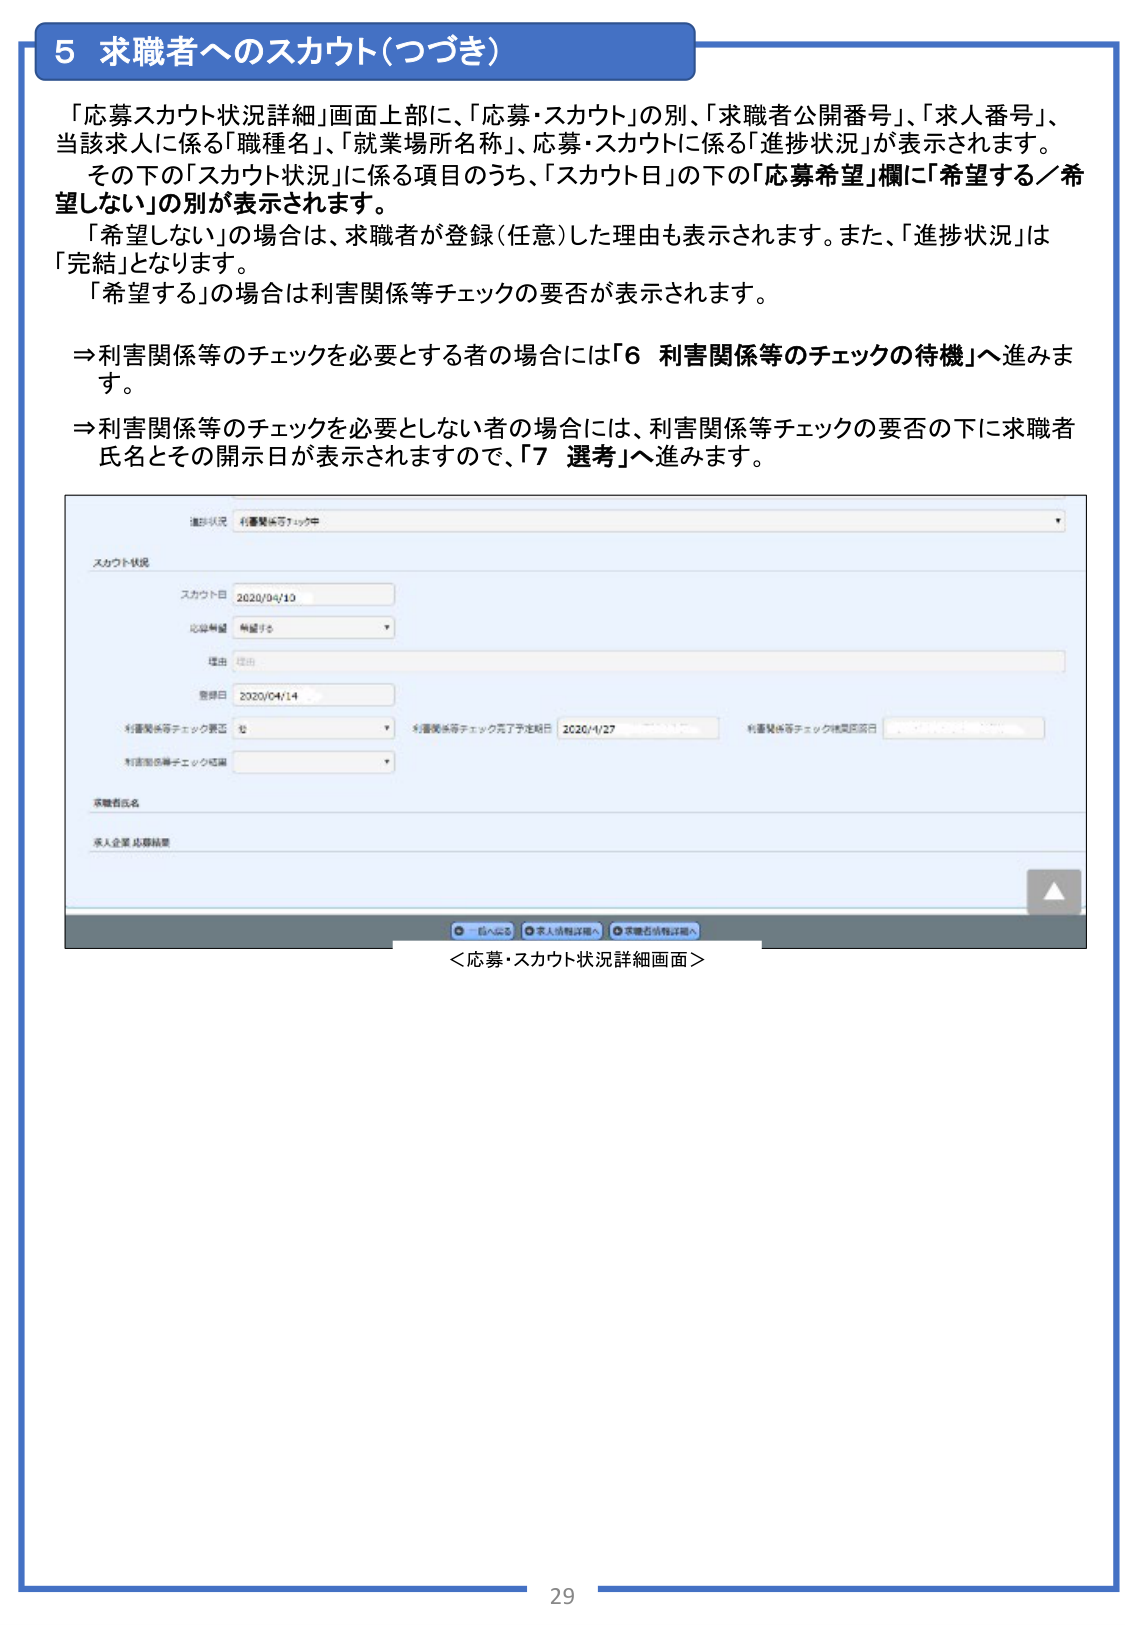
5 求職者へのスカウト（つづき）

「応募スカウト状況詳細」画面上部に、「応募・スカウト」の別、「求職者公開番号」、「求人番号」、当該求人に係る「職種名」、「就業場所名称」、応募・スカウトに係る「進捗状況」が表示されます。
その下の「スカウト状況」に係る項目のうち、「スカウト日」の下の「応募希望」欄に「希望する／希望しない」の別が表示されます。
「希望しない」の場合は、求職者が登録（任意）した理由も表示されます。また、「進捗状況」は「完結」となります。
「希望する」の場合は利害関係等チェックの要否が表示されます。

⇒利害関係等のチェックを必要とする者の場合には「6 利害関係等のチェックの待機」へ進みます。
⇒利害関係等のチェックを必要としない者の場合には、利害関係等チェックの要否の下に求職者氏名とその開示日が表示されますので、「7 選考」へ進みます。

進捗状況 利害関係等チェック中
スカウト状況
スカウト日 2020/04/10
応募希望 希望する
理由 理由
登録日 2020/04/14
利害関係等チェック要否 必
利害関係等チェック完了予定日 2020/4/27
利害関係等チェック後開示日
利害関係等チェック結果
求職者氏名
求人企業 応募結果

＜応募・スカウト状況詳細画面＞

29